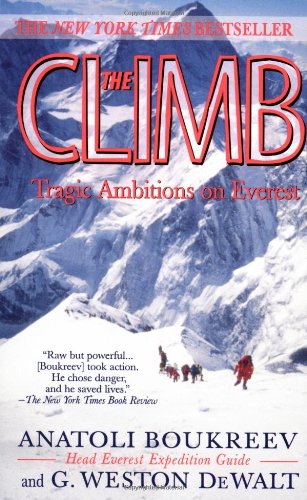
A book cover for The Climb: Tragic Ambitions on Everest; Anatoli Boukreev; Science & Math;